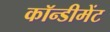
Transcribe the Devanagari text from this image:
कॉन्डीमेंट